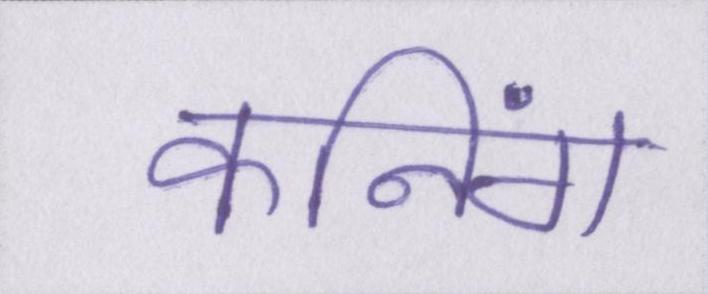
कनिंग